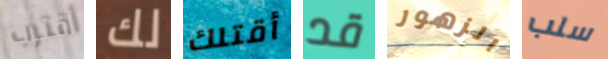
أقترب لك أقتلك قد الزهور سلب